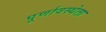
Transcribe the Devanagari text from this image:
पूर्णावस्थेला